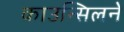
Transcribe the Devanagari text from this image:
काउन्सिलने